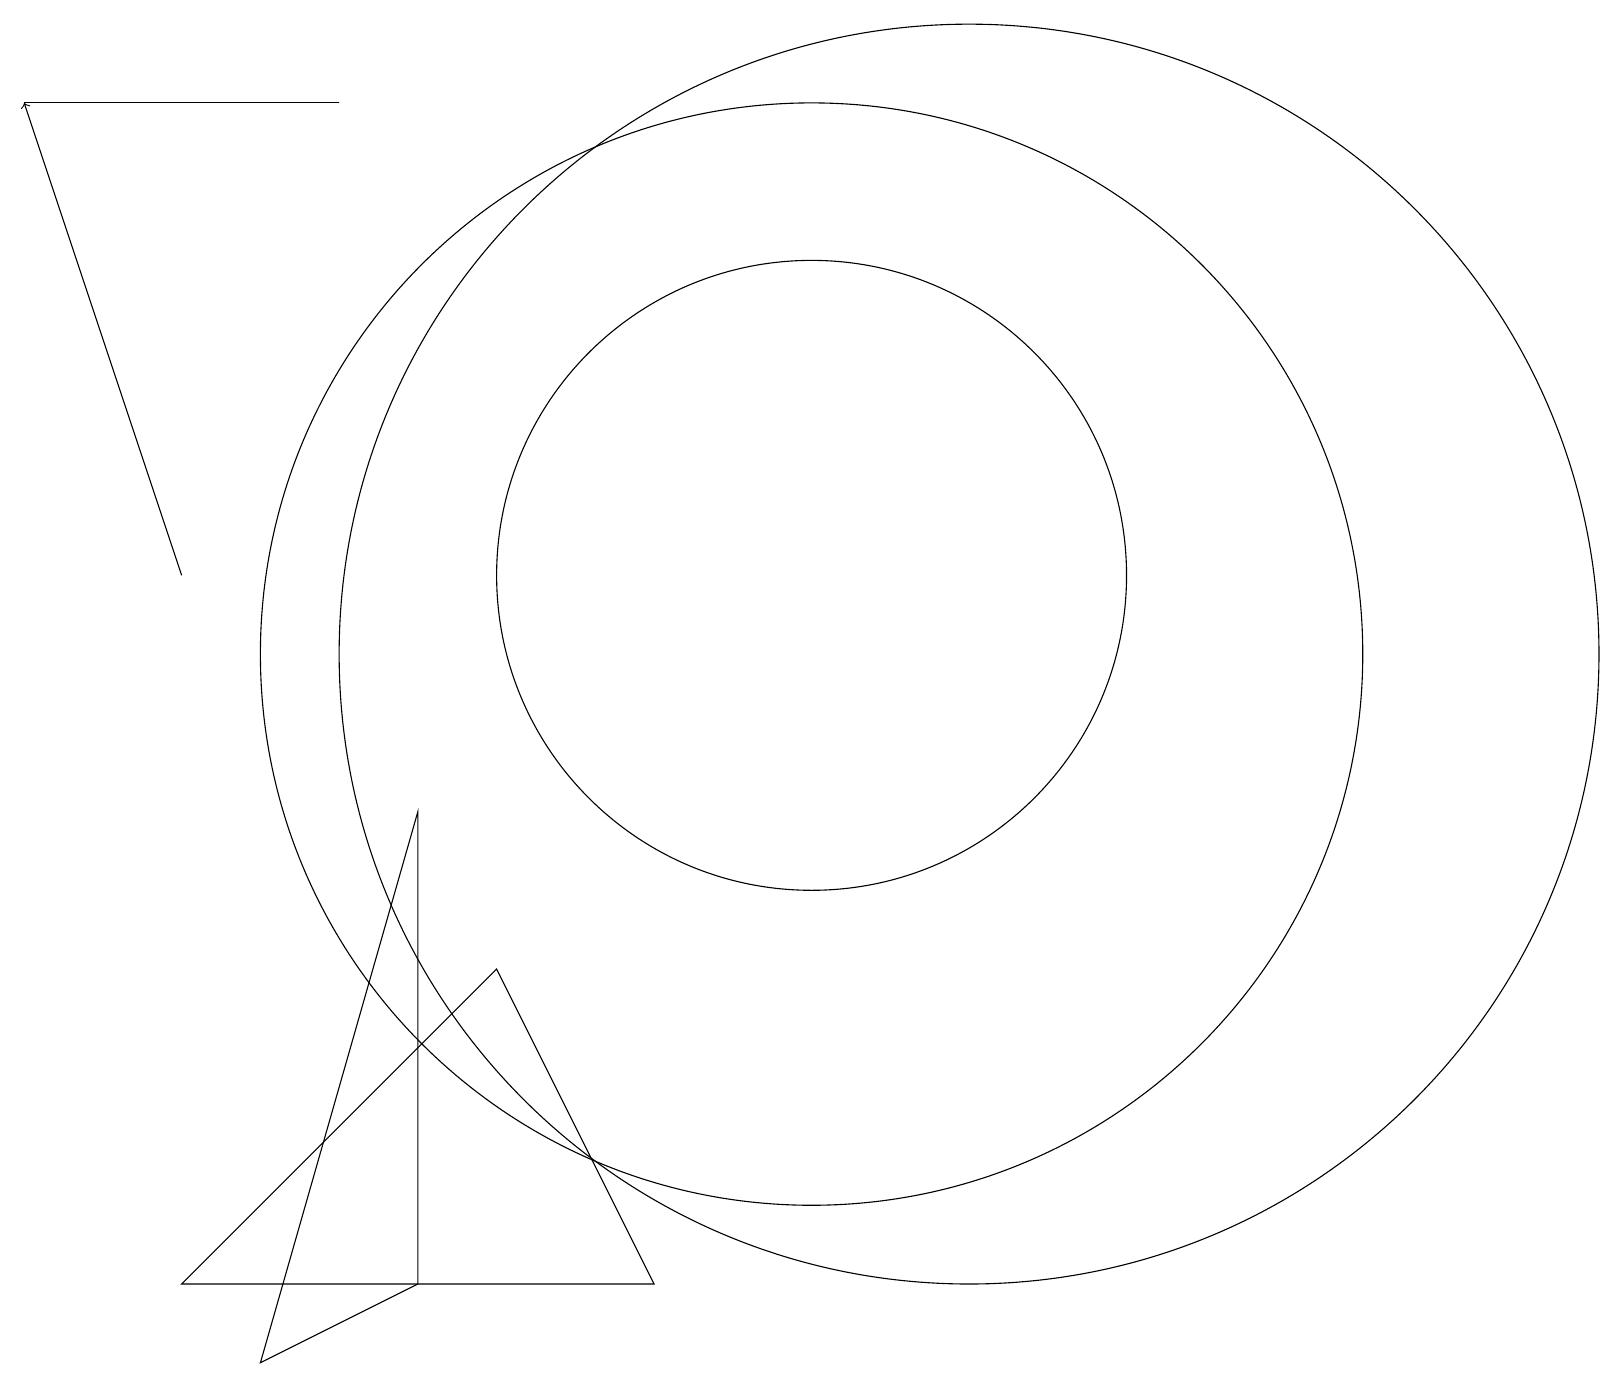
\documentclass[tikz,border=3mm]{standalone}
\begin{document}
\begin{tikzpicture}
\draw (6,6) -- (8,2) -- (2,2) -- cycle;
\draw (3,1) -- (5,2) -- (5,8) -- cycle;
\draw (4,17) rectangle (0,17);
\draw (10,11) circle (4);
\draw[->] (2,11) -- (0,17);
\draw (12,10) circle (8);
\draw (10,10) circle (7);
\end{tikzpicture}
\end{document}